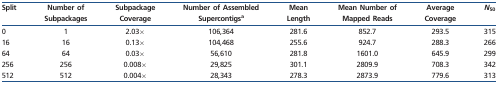
| Split | Number of Subpackages | Subpackage Coverage | Number of Assembled Supercontigsa | Mean Length | Mean Number of Mapped Reads | Average Coverage | N50 |
 | --- | --- | --- | --- | --- | --- | --- | --- |
 | 0 | 1 | 2.03× | 106,364 | 281.6 | 852.7 | 293.5 | 315 |
 | 16 | 16 | 0.13× | 104,468 | 255.6 | 924.7 | 288.3 | 266 |
 | 64 | 64 | 0.03× | 56,610 | 281.8 | 1601.0 | 645.9 | 299 |
 | 256 | 256 | 0.008× | 29,825 | 301.1 | 2809.9 | 708.3 | 342 |
 | 512 | 512 | 0.004× | 28,343 | 278.3 | 2873.9 | 779.6 | 313 |